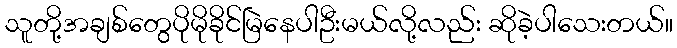
သူတို့အချစ်တွေပိုမိုခိုင်မြဲနေပါဦးမယ်လို့လည်း ဆိုခဲ့ပါသေးတယ်။